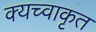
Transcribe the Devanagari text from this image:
क्यच्वाकृत